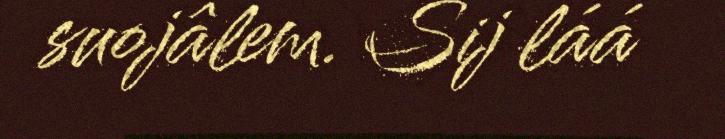
suojâlem. Sij láá